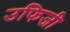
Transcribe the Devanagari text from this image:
उफिजी